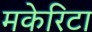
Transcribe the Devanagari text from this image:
मकेरिटा